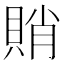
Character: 𧶈